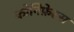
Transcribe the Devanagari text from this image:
कोनिफ़ेरस